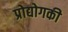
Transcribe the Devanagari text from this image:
प्रोद्योगकी